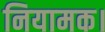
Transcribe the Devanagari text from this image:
नियामक।